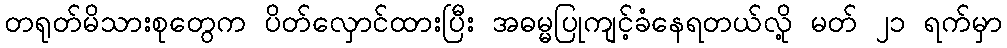
တရုတ်မိသားစုတွေက ပိတ်လှောင်ထားပြီး အဓမ္မပြုကျင့်ခံနေရတယ်လို့ မတ် ၂၁ ရက်မှာ